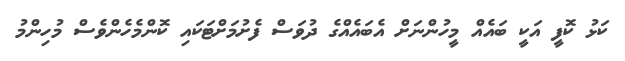
ކަޅު ކޮފީ އަކީ ބައެއް މީހުންނަށް އެބައެއްގެ ދުވަސް ފެށުމަށްޓަކައި ކޮންމެހެންވެސް މުހިންމު